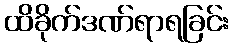
ထိခိုက်ဒဏ်ရာရခြင်း